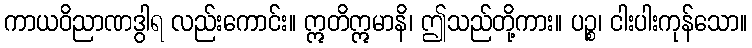
ကာယဝိညာဏဒွါရ လည်းကောင်း။ ဣတိဣမာနိ၊ ဤသည်တို့ကား။ ပဉ္စ၊ ငါးပါးကုန်သော။